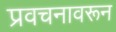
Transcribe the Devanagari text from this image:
प्रवचनावरून